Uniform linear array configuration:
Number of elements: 16
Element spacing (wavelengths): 0.75
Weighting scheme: binomial
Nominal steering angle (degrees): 45
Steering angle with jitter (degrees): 43.112
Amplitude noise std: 0.05
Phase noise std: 0.05

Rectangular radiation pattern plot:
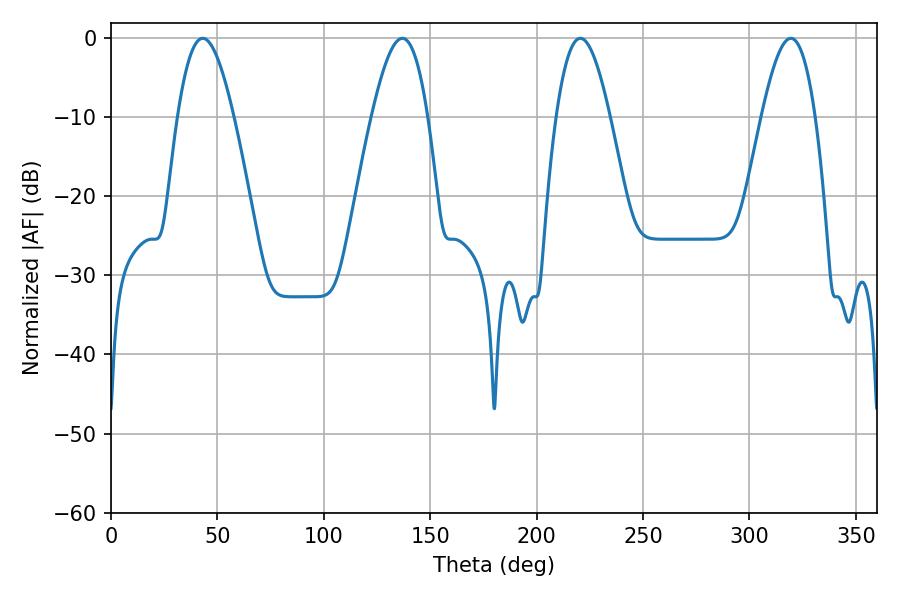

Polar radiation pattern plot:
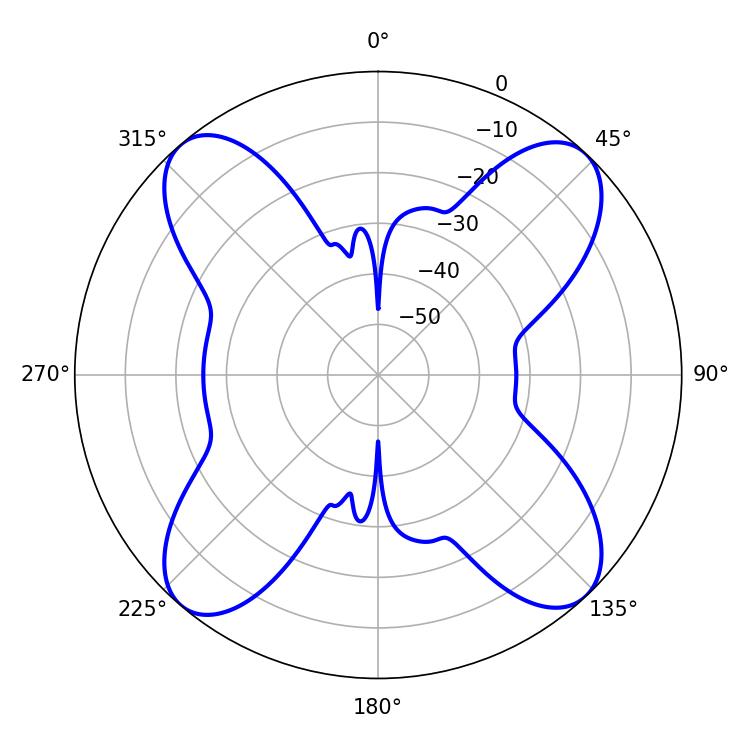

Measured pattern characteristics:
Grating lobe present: TRUE
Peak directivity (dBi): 18.164
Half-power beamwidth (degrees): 13.68
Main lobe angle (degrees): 220.5